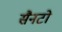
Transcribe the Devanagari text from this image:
सैनटो